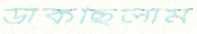
ডাকছিলাম